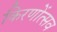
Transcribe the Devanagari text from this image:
किरणोंत्सव